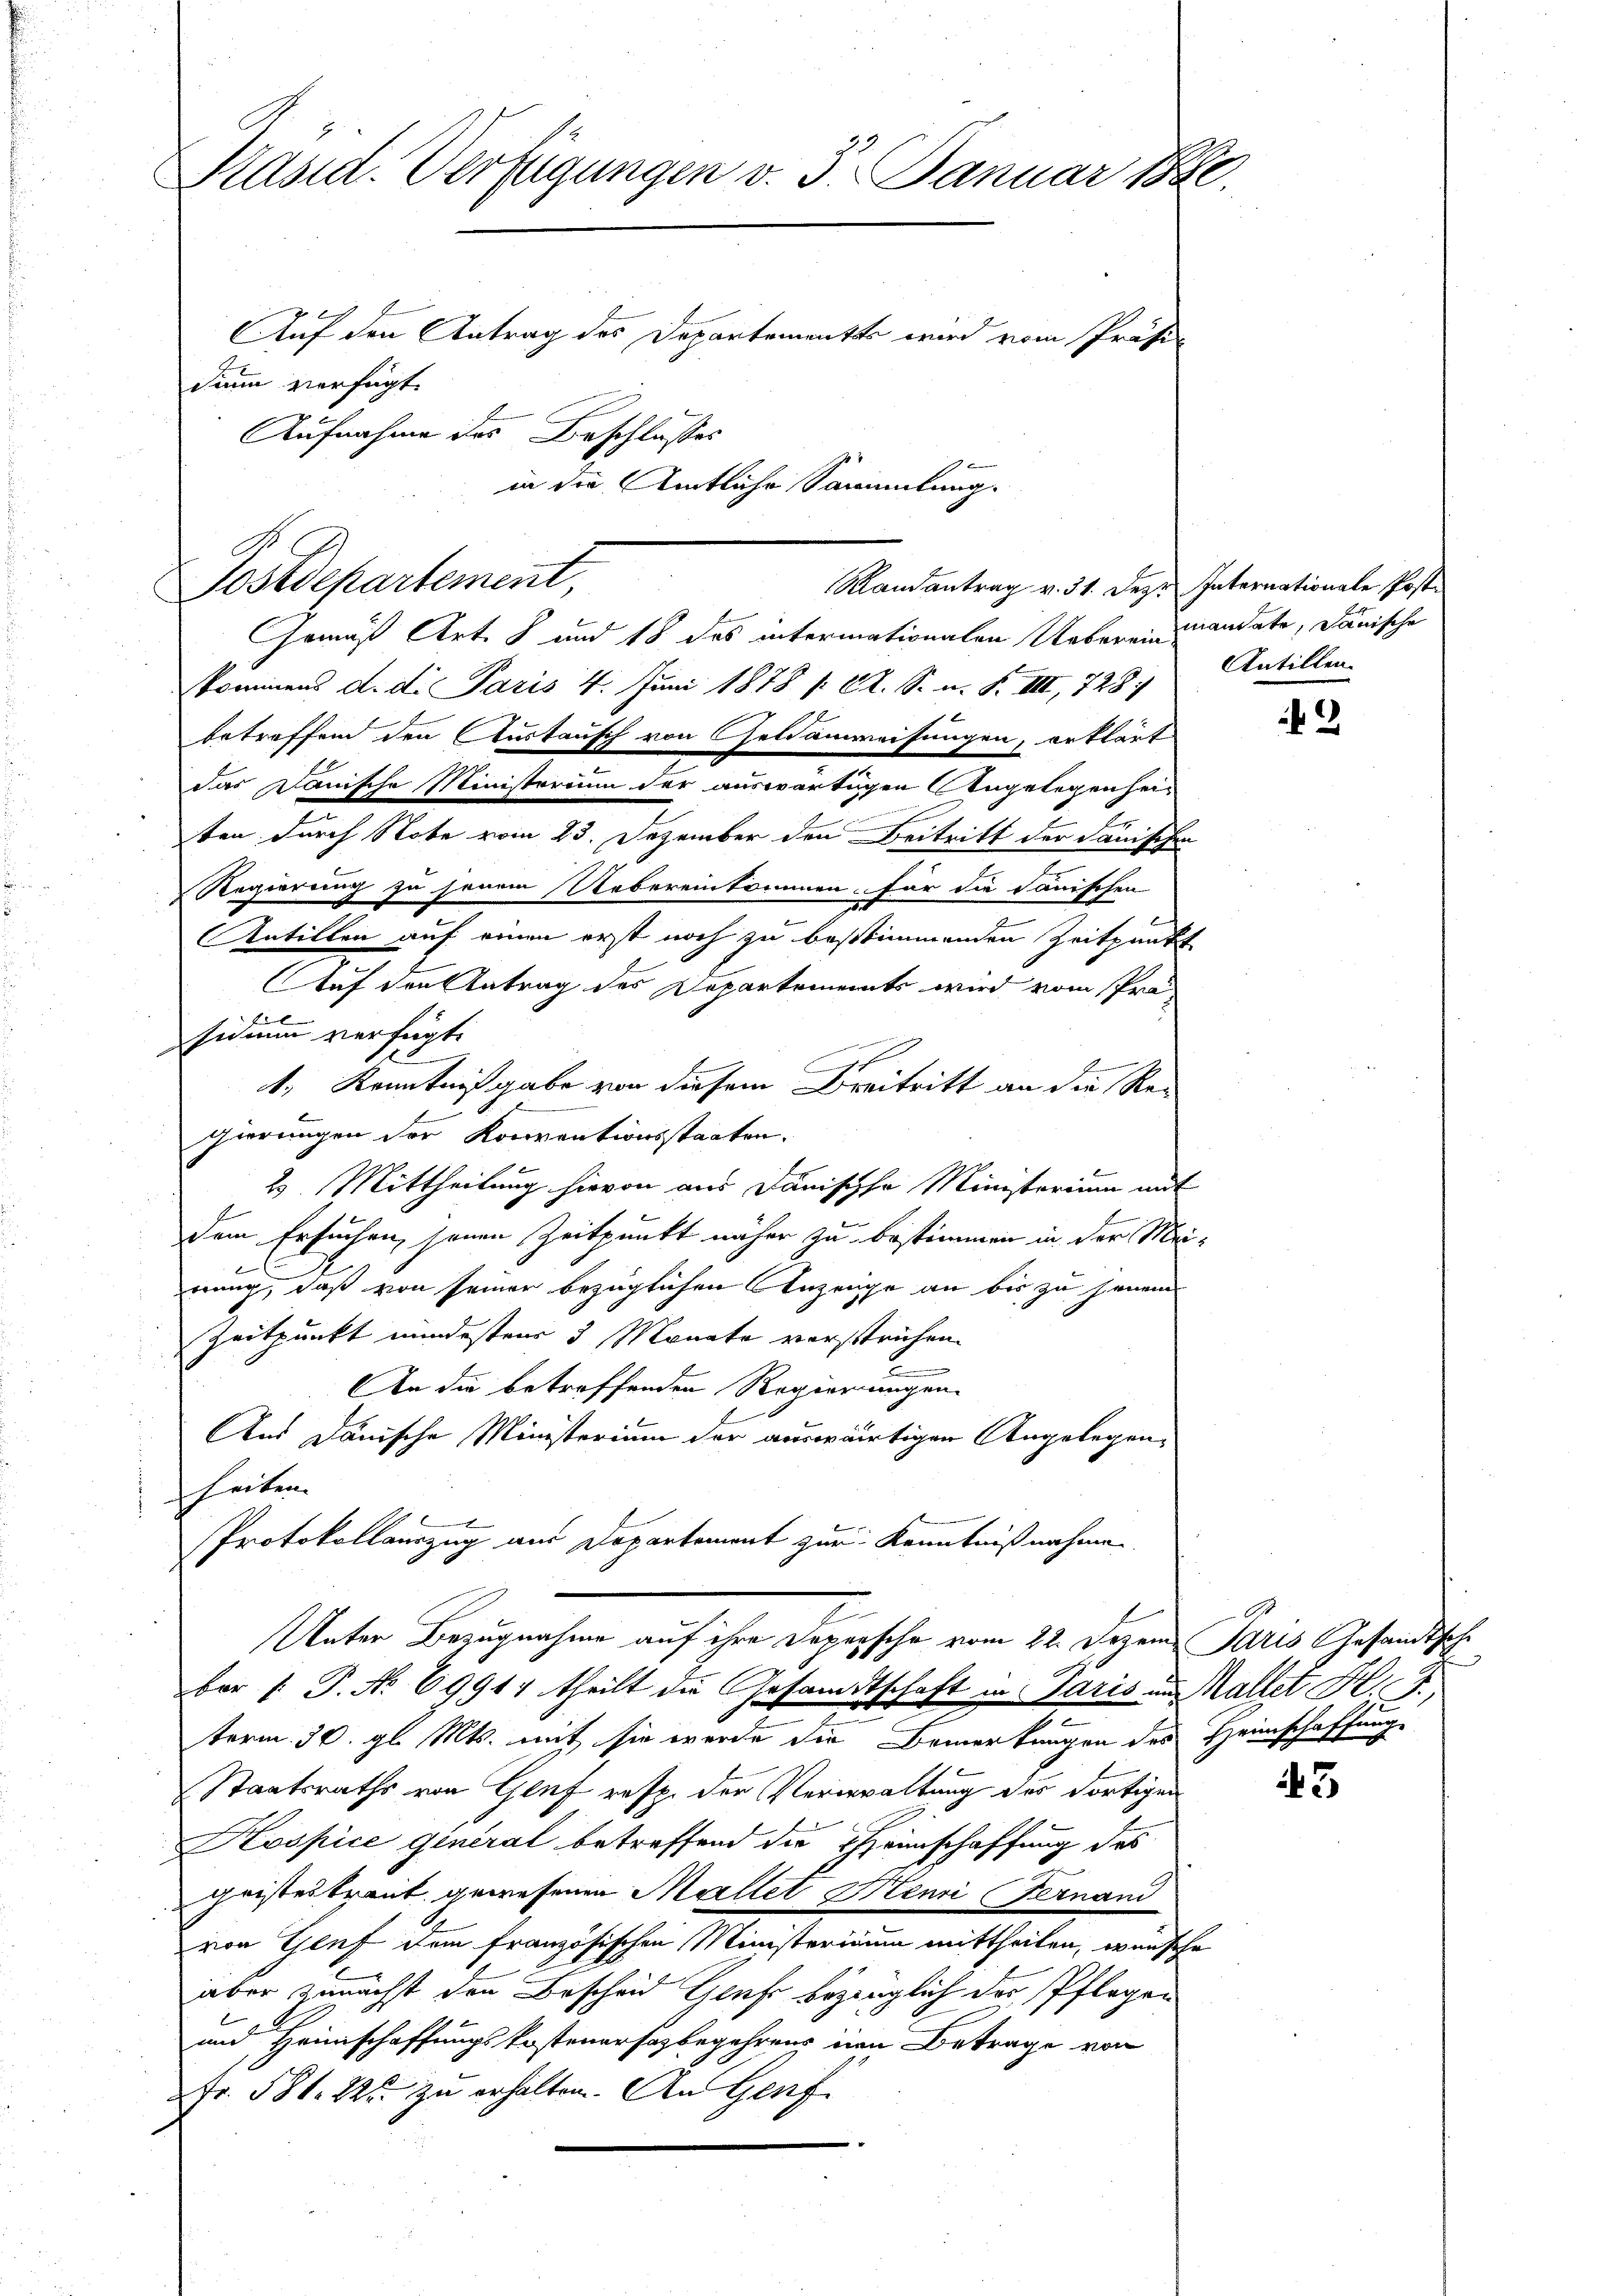
Präsid. Verfügungen v. 5. Januar 1890.
Auf den Antrag des Departementes wird vom Präsidumm verfügt:

Aufnahme des Beschlusses
in die Amtliche Sammlung.

Postdepartement,

Gemäß Art. 8 und 18 des intermationalen Uebereinmandate, danische
kommens d. di Paris 4. Juni 1878 / C. S. n. F. IIII, 728.
betreffend den Austausch von Geldanweisungen, erklärt
das Danische Ministerium der auswärtigen Angelegenheiten durch Note vom 23. Dezember den Beitritt der danischen
Regierung zu seinem Uebereinkommen für die Janischen
.
Antillen auf einen erst noch zu bestimmenden Zeitpunkt
Auf den Antrag des Departements wird vom Prä
sidium verfügt.
1., Kenntnißgabe von diesem Breitritt an die Re¬
2
gierungen der Konventionsstaaten.
2. Mittheilung hievon aus Danische Ministerium mit
dem Ersuchen, jenen Zeitpunkt näher zu bestimmen in der Meif
nung, daß von seiner bezüglichen Anzeige an bis zu jenem
Zeitpunkt mindestens 5 Monate verstrichen.
e
An die betreffenden Regierungen.
Aus Dänische Ministerium der auswärtigen Angelegenheiben.
Protokollauszug aus Departement zur Kenntnißnahme.
Unter Bezugnahme auf ihre Dopersche vom 22. Dezem Paris Gesandtsch
ber 1. P. No 69914 theilt die Gesandtschaft in Paris um Kaltet H. J.,
term 30. gl. Mts. mit sie werde die Bemerkungen des Heimschaffung
Staatsraths von Gluf resp. der Verwaltung des dortigen
Kospice general betreffend die Heimschaffung des
gristes traut gewesenen Moellet Henri Fernand
von Genf dem französischen Ministerium mittheilen, wünsche
aber zunächst den Bescheid Grafe bezeuglich des Pflegen
und Heimschaffungskostenersagbegehrens in Betrage von
Fr. 581. 22 zu erhalten. An Genf

Randantrag v. 31. Dez. Internationale Post

Antillen.

2

Gs

43